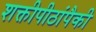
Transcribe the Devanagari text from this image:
शक्तीपीठांपैकी